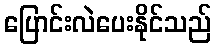
ပြောင်းလဲပေးနိုင်သည်